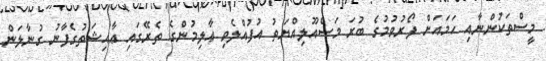
މީސްތަކުންނާއި ހަމައަށް ފޯރުވުމުގެ ބުރަ މަސްއޫލިއްޔަތު އުފުއްލެވި ޢާލިމުންގެ ތެރޭގައި ޢާއިޝަތުގެފާނު ގުނާލަން